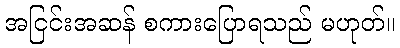
အငြင်းအဆန် စကားပြောရသည် မဟုတ်။